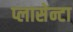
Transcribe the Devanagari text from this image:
प्लासेन्टा